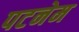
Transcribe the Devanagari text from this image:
पटनेम